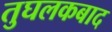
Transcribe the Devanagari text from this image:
तुघलकबाद